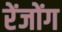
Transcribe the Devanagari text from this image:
रेंजोंग